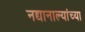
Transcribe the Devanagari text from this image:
नद्यानाल्यांच्या